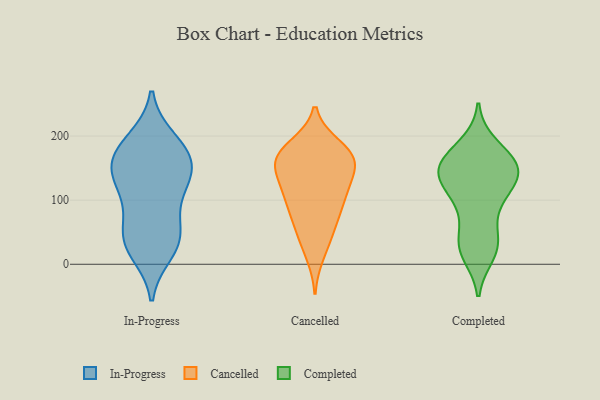
{"axis": {"x": "Humidity (%)", "y": "Value"}, "legend": ["Cancelled", "Completed", "In-Progress"], "data": [{"x": "", "y": 166, "type": "In-Progress"}, {"x": "", "y": 19, "type": "In-Progress"}, {"x": "", "y": 194, "type": "In-Progress"}, {"x": "", "y": 50, "type": "In-Progress"}, {"x": "", "y": 138, "type": "In-Progress"}, {"x": "", "y": 187, "type": "In-Progress"}, {"x": "", "y": 47, "type": "In-Progress"}, {"x": "", "y": 96, "type": "In-Progress"}, {"x": "", "y": 109, "type": "In-Progress"}, {"x": "", "y": 141, "type": "In-Progress"}, {"x": "", "y": 30, "type": "In-Progress"}, {"x": "", "y": 175, "type": "In-Progress"}, {"x": "", "y": 39, "type": "In-Progress"}, {"x": "", "y": 155, "type": "In-Progress"}, {"x": "", "y": 139, "type": "In-Progress"}, {"x": "", "y": 172, "type": "Cancelled"}, {"x": "", "y": 155, "type": "Cancelled"}, {"x": "", "y": 155, "type": "Cancelled"}, {"x": "", "y": 57, "type": "Cancelled"}, {"x": "", "y": 184, "type": "Cancelled"}, {"x": "", "y": 162, "type": "Cancelled"}, {"x": "", "y": 102, "type": "Cancelled"}, {"x": "", "y": 113, "type": "Cancelled"}, {"x": "", "y": 161, "type": "Cancelled"}, {"x": "", "y": 88, "type": "Cancelled"}, {"x": "", "y": 68, "type": "Cancelled"}, {"x": "", "y": 101, "type": "Cancelled"}, {"x": "", "y": 40, "type": "Cancelled"}, {"x": "", "y": 15, "type": "Cancelled"}, {"x": "", "y": 131, "type": "Cancelled"}, {"x": "", "y": 175, "type": "Cancelled"}, {"x": "", "y": 129, "type": "Cancelled"}, {"x": "", "y": 176, "type": "Cancelled"}, {"x": "", "y": 185, "type": "Completed"}, {"x": "", "y": 151, "type": "Completed"}, {"x": "", "y": 154, "type": "Completed"}, {"x": "", "y": 36, "type": "Completed"}, {"x": "", "y": 95, "type": "Completed"}, {"x": "", "y": 27, "type": "Completed"}, {"x": "", "y": 143, "type": "Completed"}, {"x": "", "y": 128, "type": "Completed"}, {"x": "", "y": 139, "type": "Completed"}, {"x": "", "y": 152, "type": "Completed"}, {"x": "", "y": 162, "type": "Completed"}, {"x": "", "y": 25, "type": "Completed"}, {"x": "", "y": 99, "type": "Completed"}, {"x": "", "y": 16, "type": "Completed"}, {"x": "", "y": 97, "type": "Completed"}, {"x": "", "y": 134, "type": "Completed"}, {"x": "", "y": 146, "type": "Completed"}, {"x": "", "y": 176, "type": "Completed"}, {"x": "", "y": 39, "type": "Completed"}]}